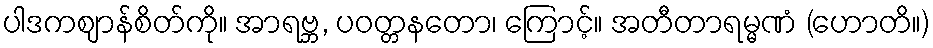
ပါဒကဈာန်စိတ်ကို။ အာရဗ္ဘ, ပဝတ္တနတော၊ ကြောင့်။ အတီတာရမ္မဏံ (ဟောတိ။)